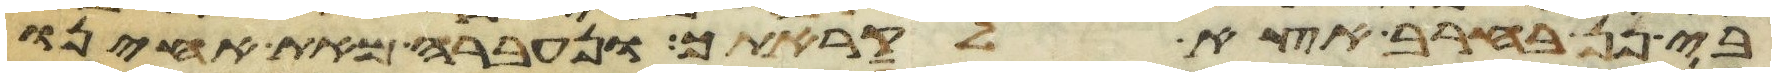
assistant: בי פן בחרב אצא לקראתך ונעברה מאת אחינו